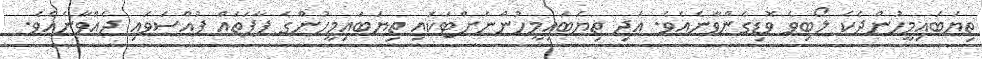
ތިޔަބައިމީހުންދެކެ ލޯބިވެ ވޮޑިގެންވާނެއެވެ. އަދި ތިޔަބައިމީހުންނަށްޓަކައި ތިޔަބައިމީހުންގެ ފާފަތައް ފުއްސަވައި ދެއްވާނެއެވެ.